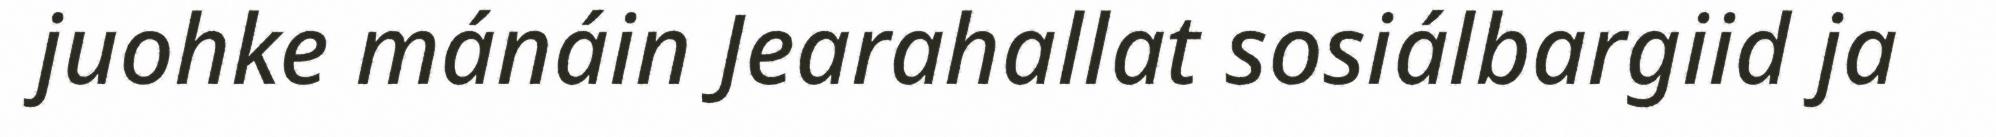
juohke mánáin Jearahallat sosiálbargiid ja